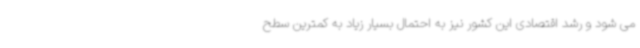
می شود و رشد اقتصادی این کشور نیز به احتمال بسیار زیاد به کمترین سطح